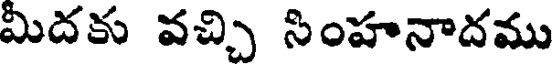
మిదకు వచ్చి సింహనాదము